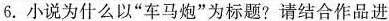
6.小说为什么以“车马炮”为标题?请结合作品进